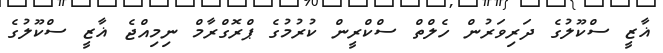
ޣާޒީ ސްކޫލުގެ ދަރިވަރުން ހެލްތް ސްކްރީން ކުރުމުގެ ޕްރޮގްރާމް ނިމިއްޖެ ޣާޒީ ސްކޫލުގެ